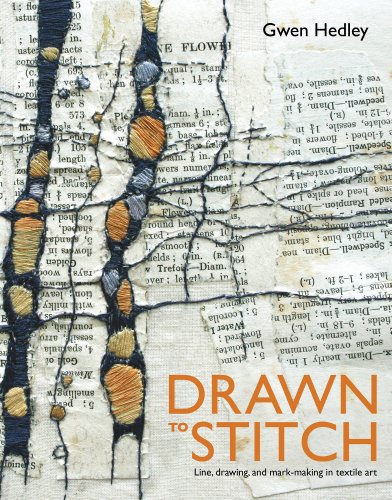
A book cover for Drawn to Stitch: Line, Drawing, and Mark-Making in Textile Art; Gwen Hedley; Crafts, Hobbies & Home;